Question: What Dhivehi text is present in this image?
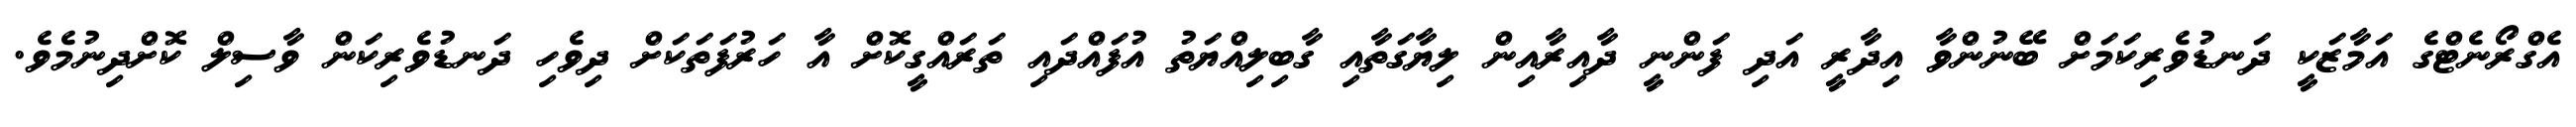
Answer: އެގްރޯނެޓްގެ އަމާޒަކީ ދަނޑުވެރިކަމަށް ބޭނުންވާ އިދާރީ އަދި ފަންނީ ދާއިރާއިން ލިޔާގަތާއި ގާބިލިއްޔަތު އުފައްދައި ތަރައްގީކޮށް އާ ހަރުފަތަކަށް ދިވެހި ދަނޑުވެރިކަން ވާސިލް ކޮށްދިނުމެވެ.